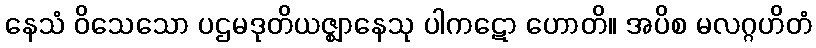
နေသံ ဝိသေသော ပဌမဒုတိယဇ္ဈာနေသု ပါကဋော ဟောတိ။ အပိစ မလဂ္ဂဟိတံ